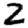
Digit: 2